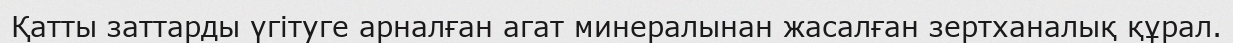
Қатты заттарды үгітуге арналған агат минералынан жасалған зертханалық құрал.